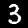
Label: 3